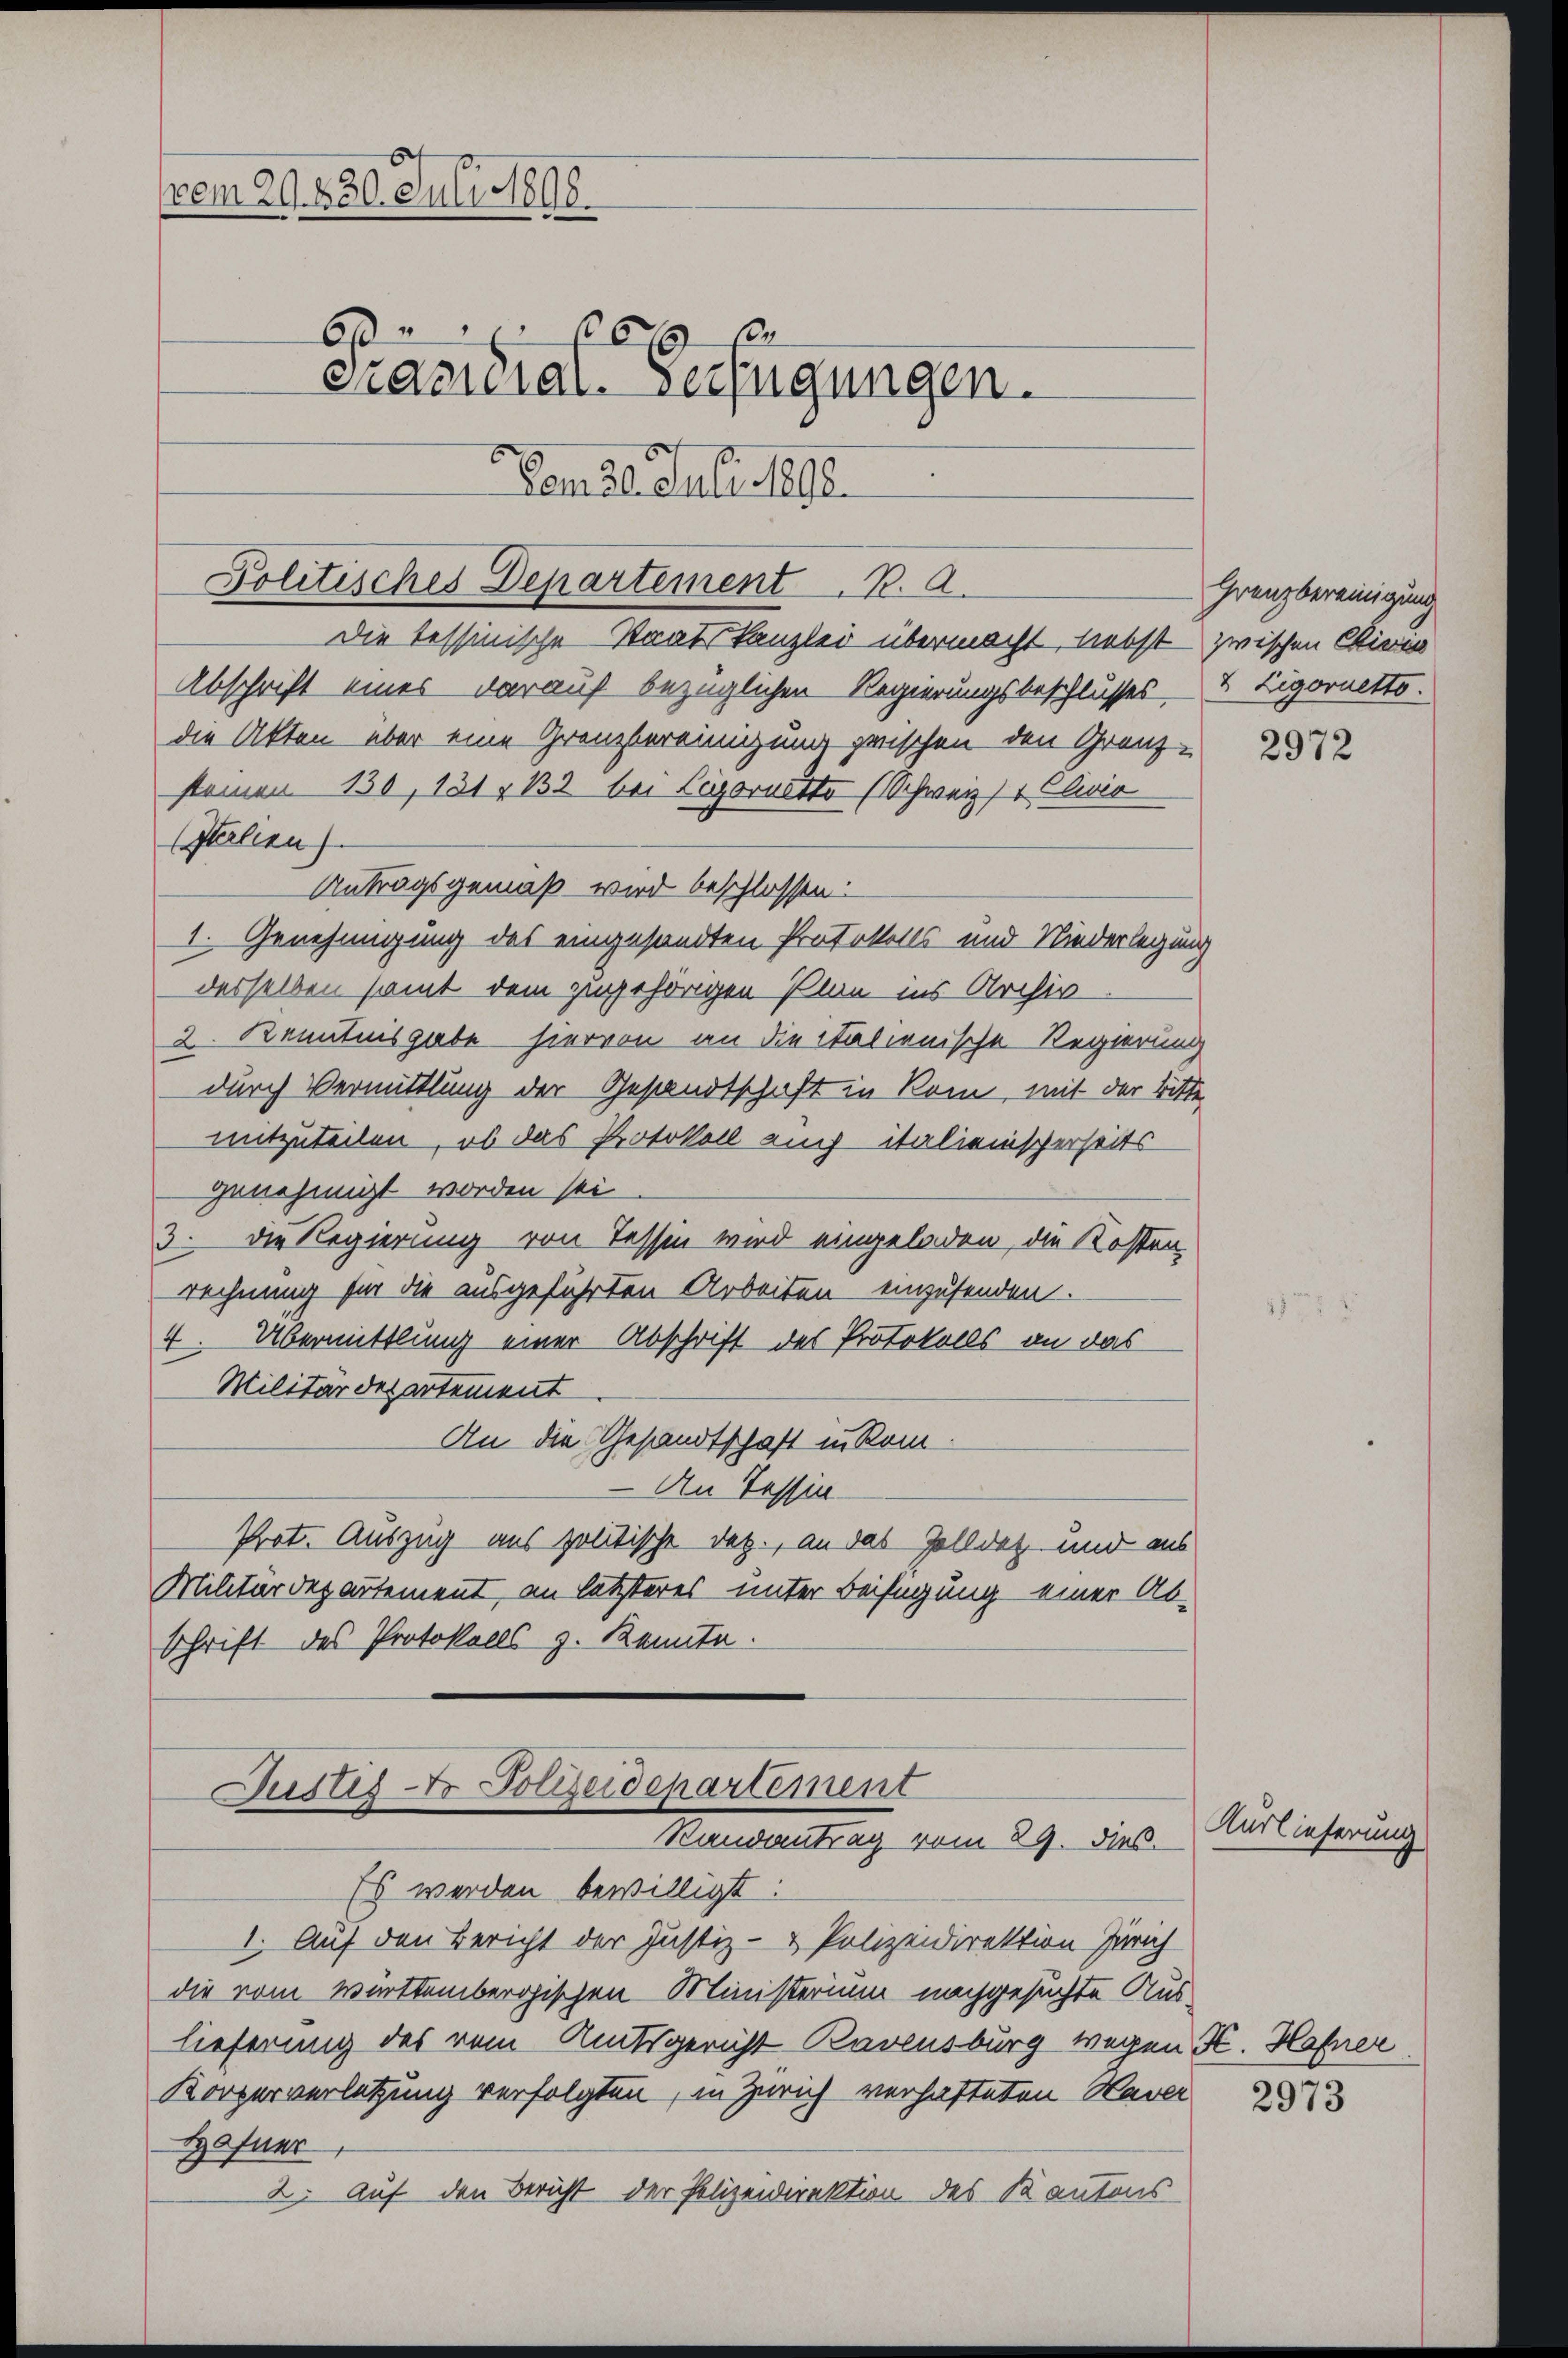
Abschrift eines darauf bezüglichen Regierungsbeschlusses & Ligornetto.
die Akten, aber eine Grenzbereinigung zwischen den Grenz-
stainen 130, 121 n 132 bei Legornetto (Schweiz)  Elis
(Italien
Antragsgemäß wird beschlossen:
1. Genehmigung des eingesandten Protokolls und Niederlegung
desselben samt dem zugehörigen Plan ins Archiv
2. Kenntnisgabe hiervon an die italienische Regierung
durch Vermittlung der Gesandtschaft in Rom, mit der Bitte,
mitzuteilen, ob das Protokoll auch italienischerheits
genehmigt worden sei
3. die Regierung von Tessin wird eingeladen, die Kosten
rechnung für die ausgeführten Arbeiten einzusenden.
4. Übermittlung einer Abschrift des Protokolls an das
Militärdepartement
An die Gesandtschaft in Rom.
An Tessin
Prot. Auszug aus politische Dez., an das Zolldet und aus
Militärdepartement, an letzteres unter Beifügung einer Ab-
Schrift des Protokolls z. Kannte.

(vom 29. 430. Juli 1898.
6 664 x
Präsidial-Verfügungen.
Vom 26. Juli 1890.

Politisches Departement. B. A.
Die Tessinische Staat Kanzlei übermacht, liebst zwischen Chinen

Justiz-Dr. Polizeidepartement
Randantrag vom 29. dies

Es werden bewilligt:
1. Auf den Bericht der Justiz- & Polizeidirektion Zürich
die vom württembergischen Ministerium nachgesuchte Auslieferung des vom Amtsgericht Karnsburg wegen K. Hafner
Körperverletzung verfolgten, in Zürich verhafteten Haver 283
Hafner
2. Auf den Bericht der Polizeidirektion des Kantons

Grenzbereinigung

2972

Auslieferung